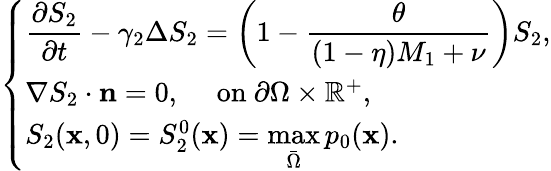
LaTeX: \left\{ \begin{array}{ll}{\displaystyle\frac{\partial S_{2}}{\partial t}-\gamma_{2}\Delta S_{2}=\left(1-\displaystyle\frac{\theta}{(1-\eta)M_{1}+\nu}\right)S_{2},}\\ {\nabla S_{2}\cdot\mathbf n=0,\quad\mathrm{~on~}\partial\Omega\times\mathbb R^{+},}\\ {S_{2}(\mathbf x,0)=S_{2}^{0}(\mathbf x)=\displaystyle\operatorname*{max}_{\bar{\Omega}}p_{0}(\mathbf x).}\end{array}\right.